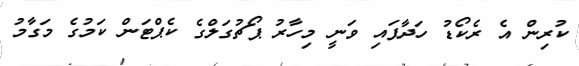
ކުރިން އެ ރެކޯޑު ހަދާފައި ވަނީ މިހާރު ޕޯޗުގަލްގެ ކެޕްޓަން ކަމުގެ މަގާމު